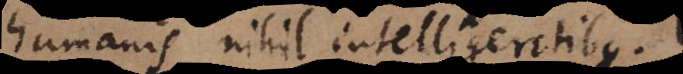
humanis nihil intelligentibus.